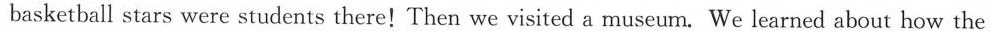
basketball stars were students there！Then we visited a museum.We learned about how the